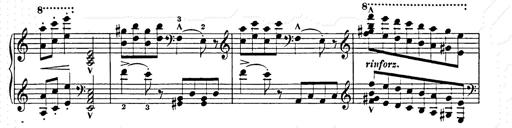
Title: Hungarian Rhapsody No.15
Composer: Franz Liszt
Key: A minor